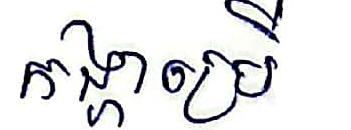
កង្ហាប្រើ